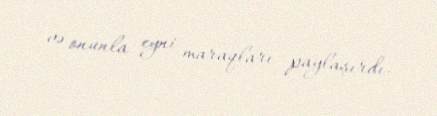
və onunla eyni maraqları paylaşırdı.